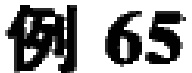
例 65